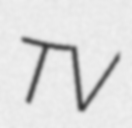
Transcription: TV